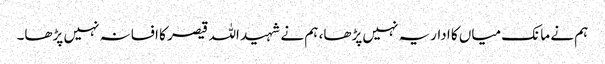
ہم نے مانک میاں کا اداریہ نہیں پڑھا، ہم نے شہید اللہ قیصر کا افسانہ نہیں پڑھا۔